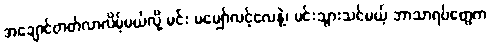
အချောင်တတ်လာလိမ့်မယ်လို့ မင်း မမျှော်လင့်လေနဲ့၊ မင်းသွားသင်မယ့် ဘာသာရပ်တွေက